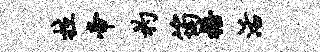
拉帝杓筠梧活